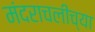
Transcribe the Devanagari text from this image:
मंदराचलीच्या